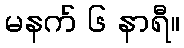
မနက် ၆ နာရီ။